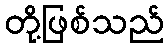
တို့ဖြစ်သည်